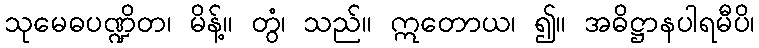
သုမေဓပဏ္ဍိတ၊ မိန့်။ တွံ၊ သည်။ ဣတောယ၊ ၍။ အဓိဋ္ဌာနပါရမီပိ၊